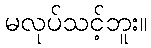
မလုပ်သင့်ဘူး။